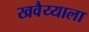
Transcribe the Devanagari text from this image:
खवैय्याला